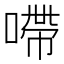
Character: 㗣